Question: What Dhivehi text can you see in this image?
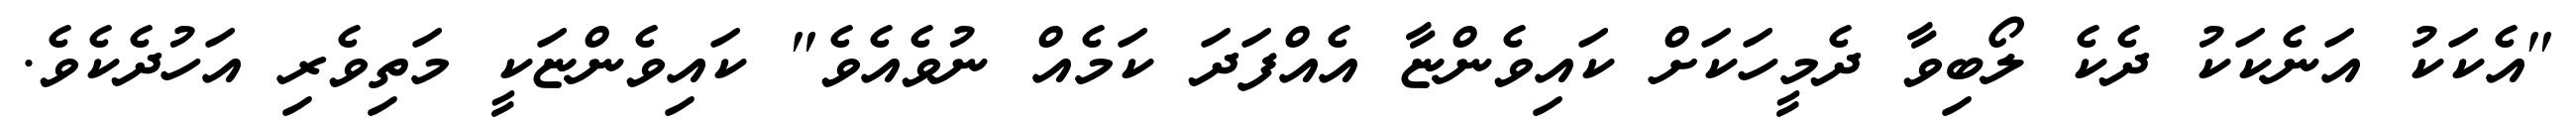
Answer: "އެކަކު އަނެކަކު ދެކެ ލޯބިވާ ދެމީހަކަށް ކައިވެންޏާ އެއްފަދަ ކަމެއް ނުވެއެވެ" ކައިވެންޏަކީ މަތިވެރި އަހުދެކެވެ.